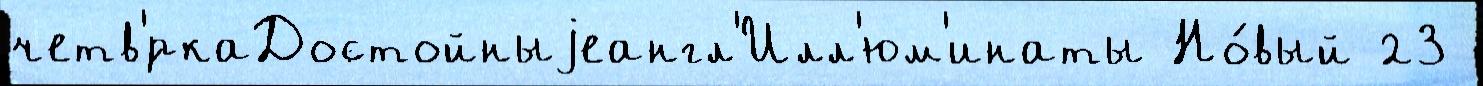
четв'́ркаДостойныjеангл'Илл'юм'инаты Но́вый 23